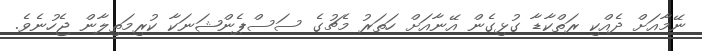
ނޭމާއަށް ދެއްކި ރަތްކާޑާ ގުޅިގެން އޭނާއަށް ހަތަރު މެޗުގެ ސަސްޕެންޝަނަކާ ކުރިމަތިލާން ޖެހުނެވެ.